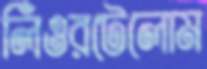
লিঁওরটেলোম